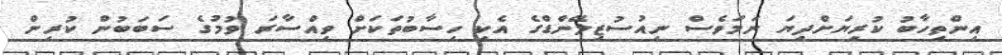
އިންތިހާބު ކުރިޔަށްދިޔަ ނަމަވެސް ނިއުސުޒިލޭންޑްގެ އެކި ހިސާބުތަކަށް ވިއްސާރަ ވުމުގެ ސަބަބުން ކުރިން